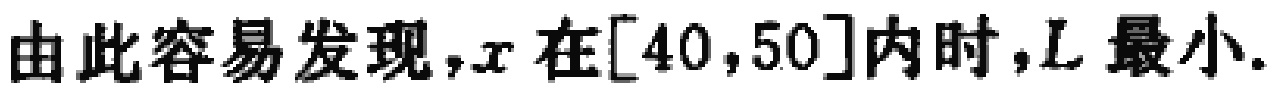
由此容易发现，$x$在$[40,50]$内时，$L$最小.